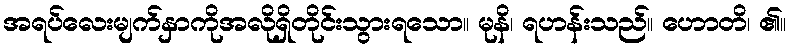
အရပ်လေးမျက်နှာကိုအလိုရှိတိုင်းသွားရသော။ မုနိ၊ ရဟန်းသည်။ ဟောတိ၊ ၏။